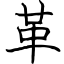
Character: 革